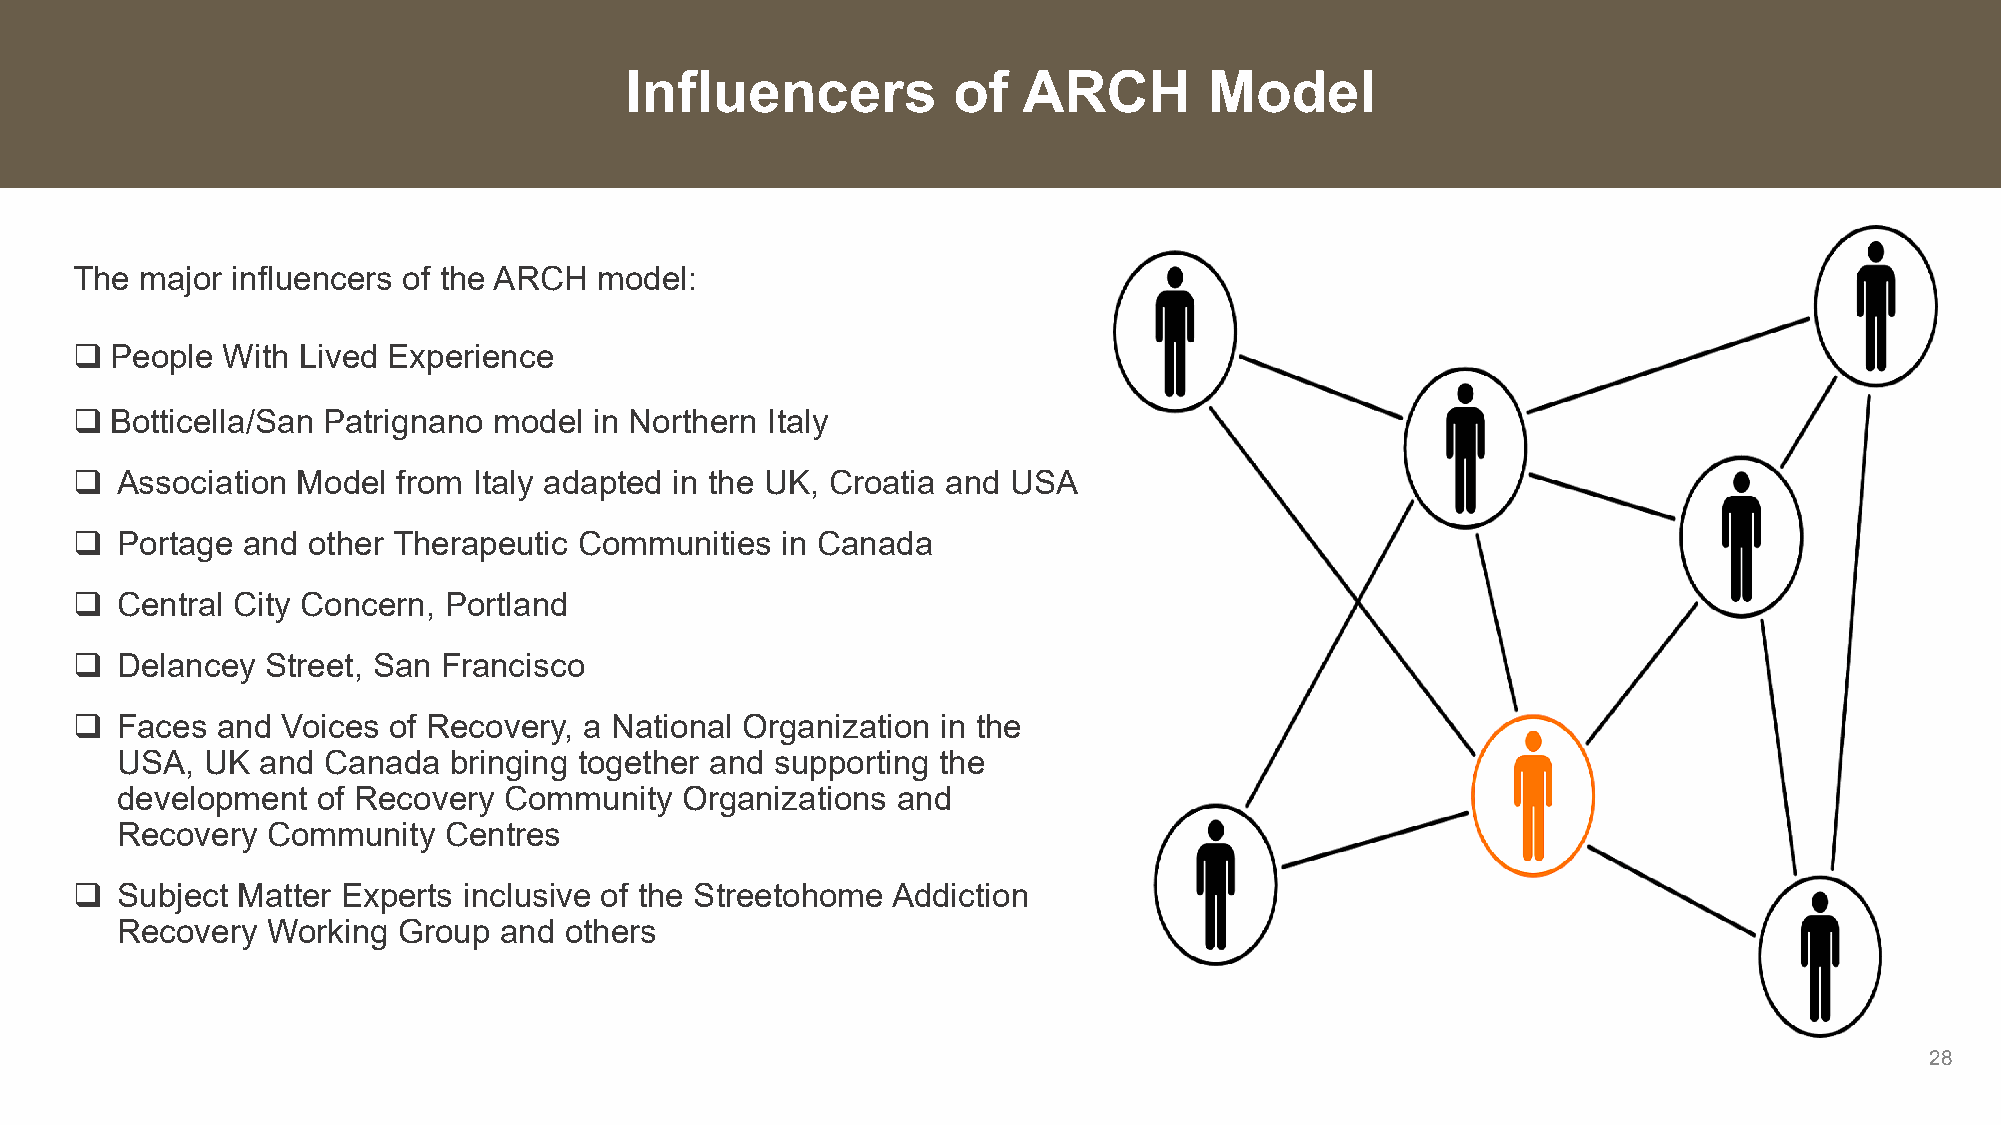
Influencers           of   ARCH        Model
 The major influencers of the ARCH model:
  People  With Lived Experience
  Botticella/San Patrignano model in Northern Italy
   Association Model from Italy adapted in the UK, Croatia and USA
   Portage and other Therapeutic Communities   in Canada
   Central City Concern, Portland
   Delancey  Street, San Francisco
   Faces and  Voices of Recovery, a National Organization in the
 USA, UK  and Canada   bringing together and supporting the
 development  of Recovery Community   Organizations and
 Recovery  Community  Centres
   Subject Matter Experts inclusive of the Streetohome Addiction
 Recovery  Working Group  and others
 28